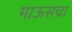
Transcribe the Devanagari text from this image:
माऊसचा